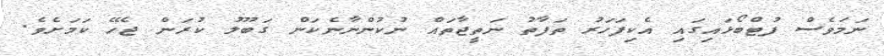
ނަމަވެސް ފުޓްބޯޅައިގައި އެކިފަހަރު ތަފާތު ނަތީޖާތައް ނުކުންނާނެކަން ގަބޫލު ކުރަން ޖެހޭ ކަމަށެވެ.